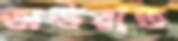
অউরাত